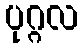
ပုဂ္ဂလ